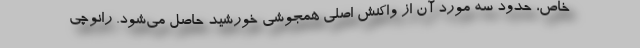
خاص، حدود سه مورد آن از واکنش اصلی همجوشی خورشید حاصل می‌شود. رانوچی